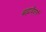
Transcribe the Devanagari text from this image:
ब्रह्मवैवतं